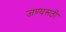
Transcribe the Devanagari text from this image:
जण्यसठी